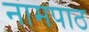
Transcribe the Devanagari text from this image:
नामपाठ